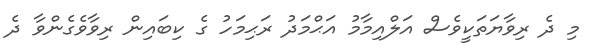
މި ދެ ރިވާޔަތަކީވެސް އަލްއިމާމު އަޙްމަދު ރަޙިމަހު ގެ ކިބައިން ރިވާވެގެންވާ ދެ